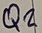
Text: Q2